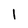
Character: 1